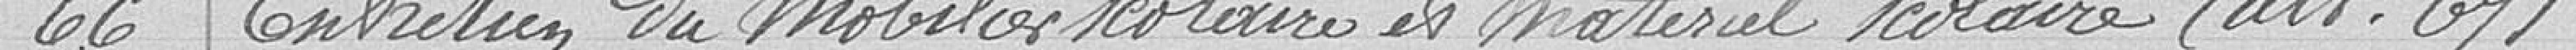
66 Entretien du mobilier scolaire et matériel scolaire (art : 67)